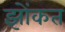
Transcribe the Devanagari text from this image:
झोंकत